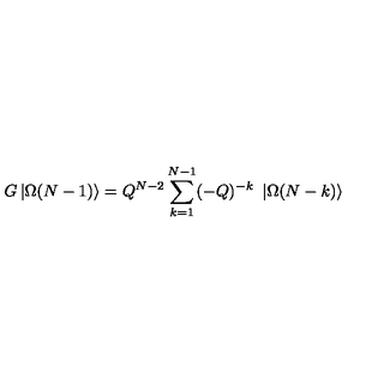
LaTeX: G \left| \Omega ( N - 1 ) \right\rangle = Q ^ { N - 2 } \sum _ { k = 1 } ^ { N - 1 } ( - Q ) ^ { - k } \ \left| \Omega ( N - k ) \right\rangle